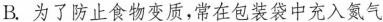
B.为了防止食物变质,常在包装袋中充入氮气